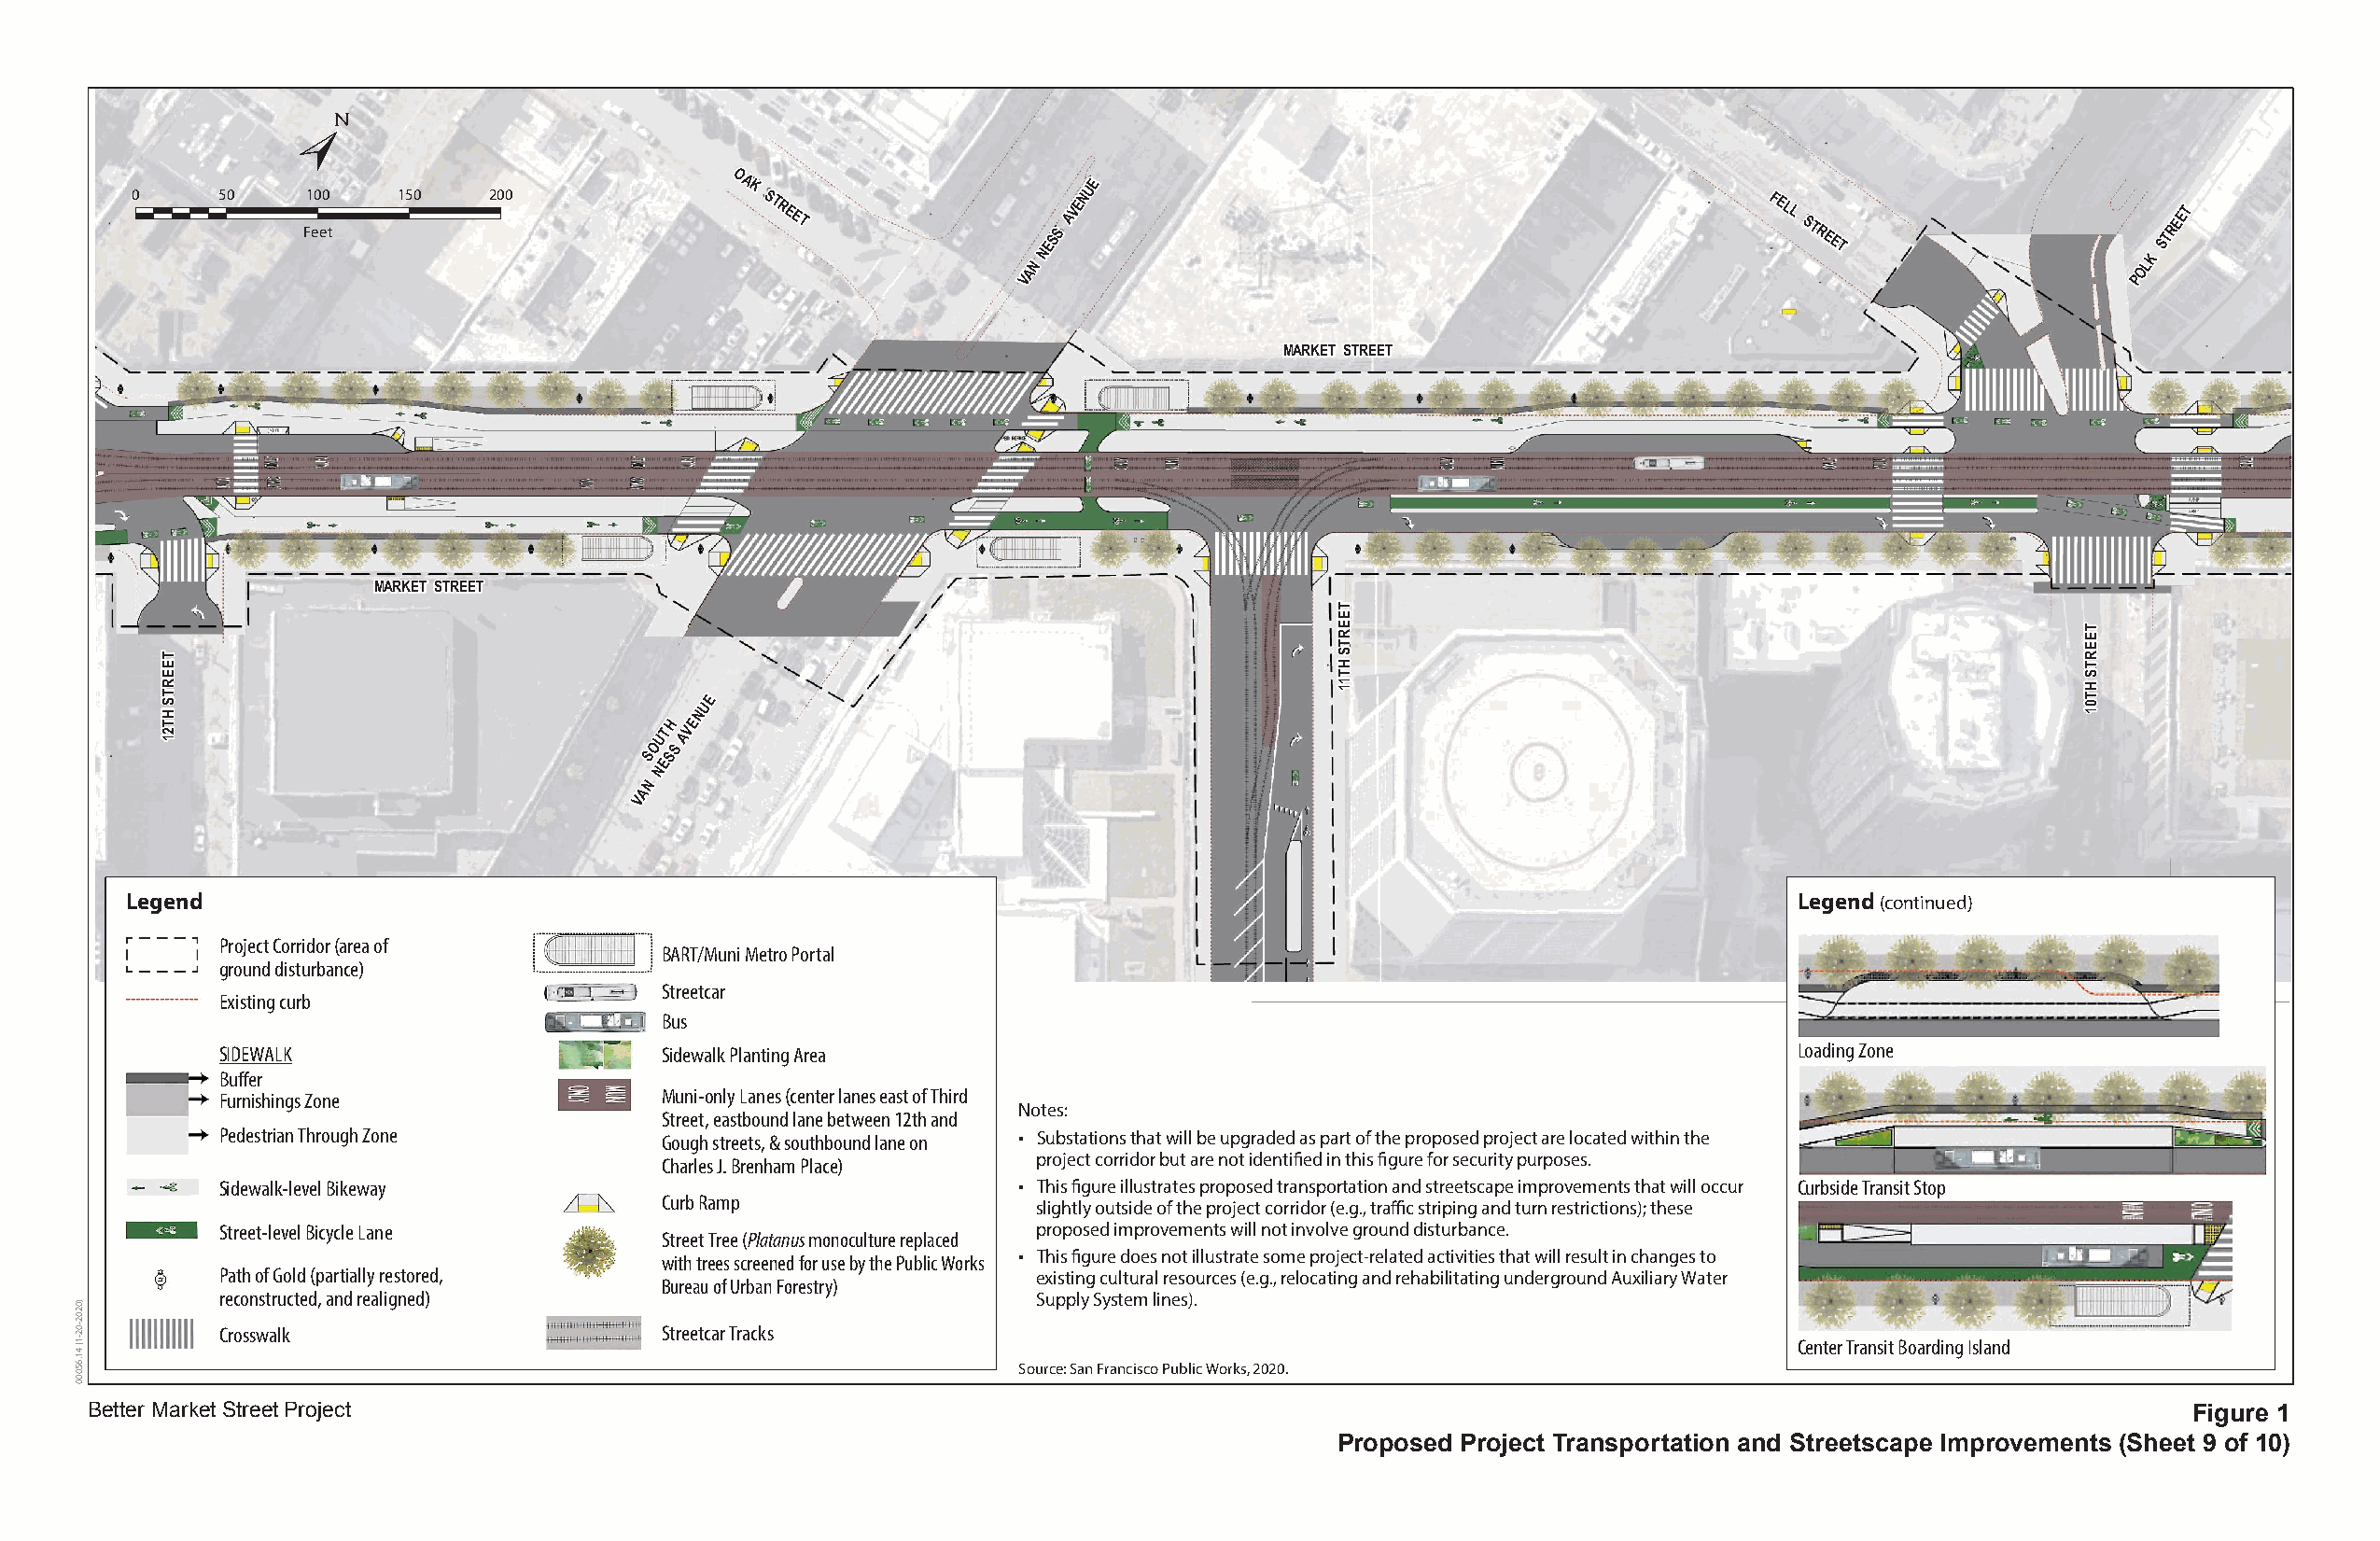
0      50    F1 e0 e0
 t
 150    200
 OAK
 STREET
 N
 NESS
 AVENUE
 FELL
 STREET
 LK
 STREET
 A                                                                              O
 V                                                                              P
 MARKET STREET
 MARKET STREET
 E
 U
 N
 H E
 UT AV
 O S
 S S
 E
 N
 N
 A
 V
 Legend                                                                                                                Legend (continued)
 Project Corridor (area of
 BART/Muni Metro Portal
 ground disturbance)
 Streetcar
 Existing curb
 Bus
 SIDEWALK                       Sidewalk Planting Area                                                          Loading Zone
 Buffer
 Furnishings Zone               Muni-only Lanes (center lanes east of Third
 Notes:
 Street, eastbound lane between 12th and
 Pedestrian Through Zone        Gough streets, & southbound lane on • Substations that will be upgraded as part of the proposed project are located within the
 project corridor but are not identified in this figure for security purposes.
 Charles J. Brenham Place)
 Sidewalk-level Bikeway                                  • This figure illustrates proposed transportation and streetscape improvements that will occur Curbside Transit Stop
 Curb Ramp                 slightly outside of the project corridor (e.g., traffic striping and turn restrictions); these
 Street-level Bicycle Lane                                proposed improvements will not involve ground disturbance.
 Street Tree (Platanus monoculture replaced
 • This figure does not illustrate some project-related activities that will result in changes to
 with trees screened for use by the Public Works
 Path of Gold (partially restored,                        existing cultural resources (e.g., relocating and rehabilitating underground Auxiliary Water
 Bureau of Urban Forestry)
 reconstructed, and realigned)                            Supply System lines).
 Crosswalk                      Streetcar Tracks
 Center Transit Boarding Island
 Source: San Francisco Public Works, 2020.
 Better Market Street Project                                                                                                                          Figure 1
 Proposed Project Transportation and Streetscape Improvements (Sheet 9 of 10)
 )0202-02-1(
 41.65000
 TEERTS
 HT21
 TEERTS
 HT11
 TEERTS
 HT01